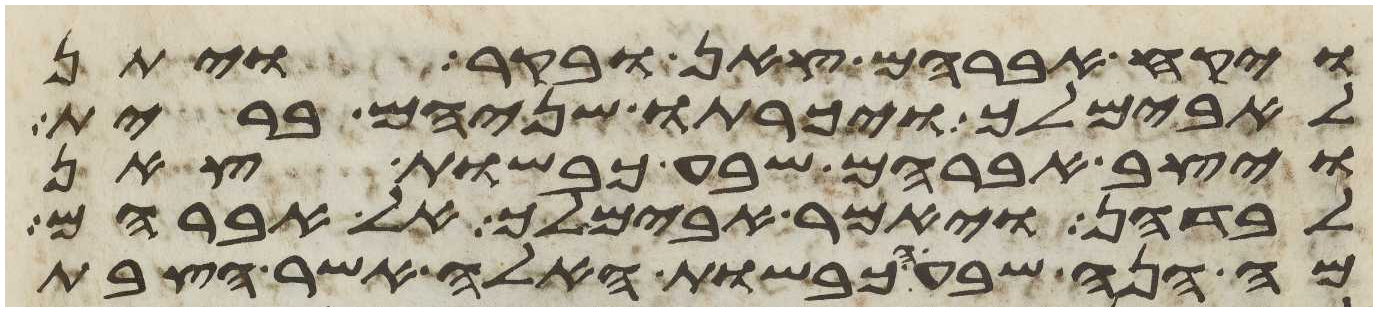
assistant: ויקח אברהם צאן ובקר ויתן
לאבימלך ויכרתו שניהם ברית
ויצב אברהם שבע כבשות צאן
לבדהן ויאמר אבימלך אל אברהם
מה הנה שבע הכבשות האלה אשר הצבת